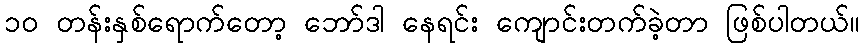
၁၀ တန်းနှစ်ရောက်တော့ ဘော်ဒါ နေရင်း ကျောင်းတက်ခဲ့တာ ဖြစ်ပါတယ်။